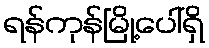
ရန်ကုန်မြို့ပေါ်ရှိ